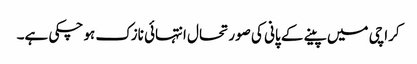
کراچی میں پینے کے پانی کی صورتحال انتہائی نازک ہو چکی ہے۔